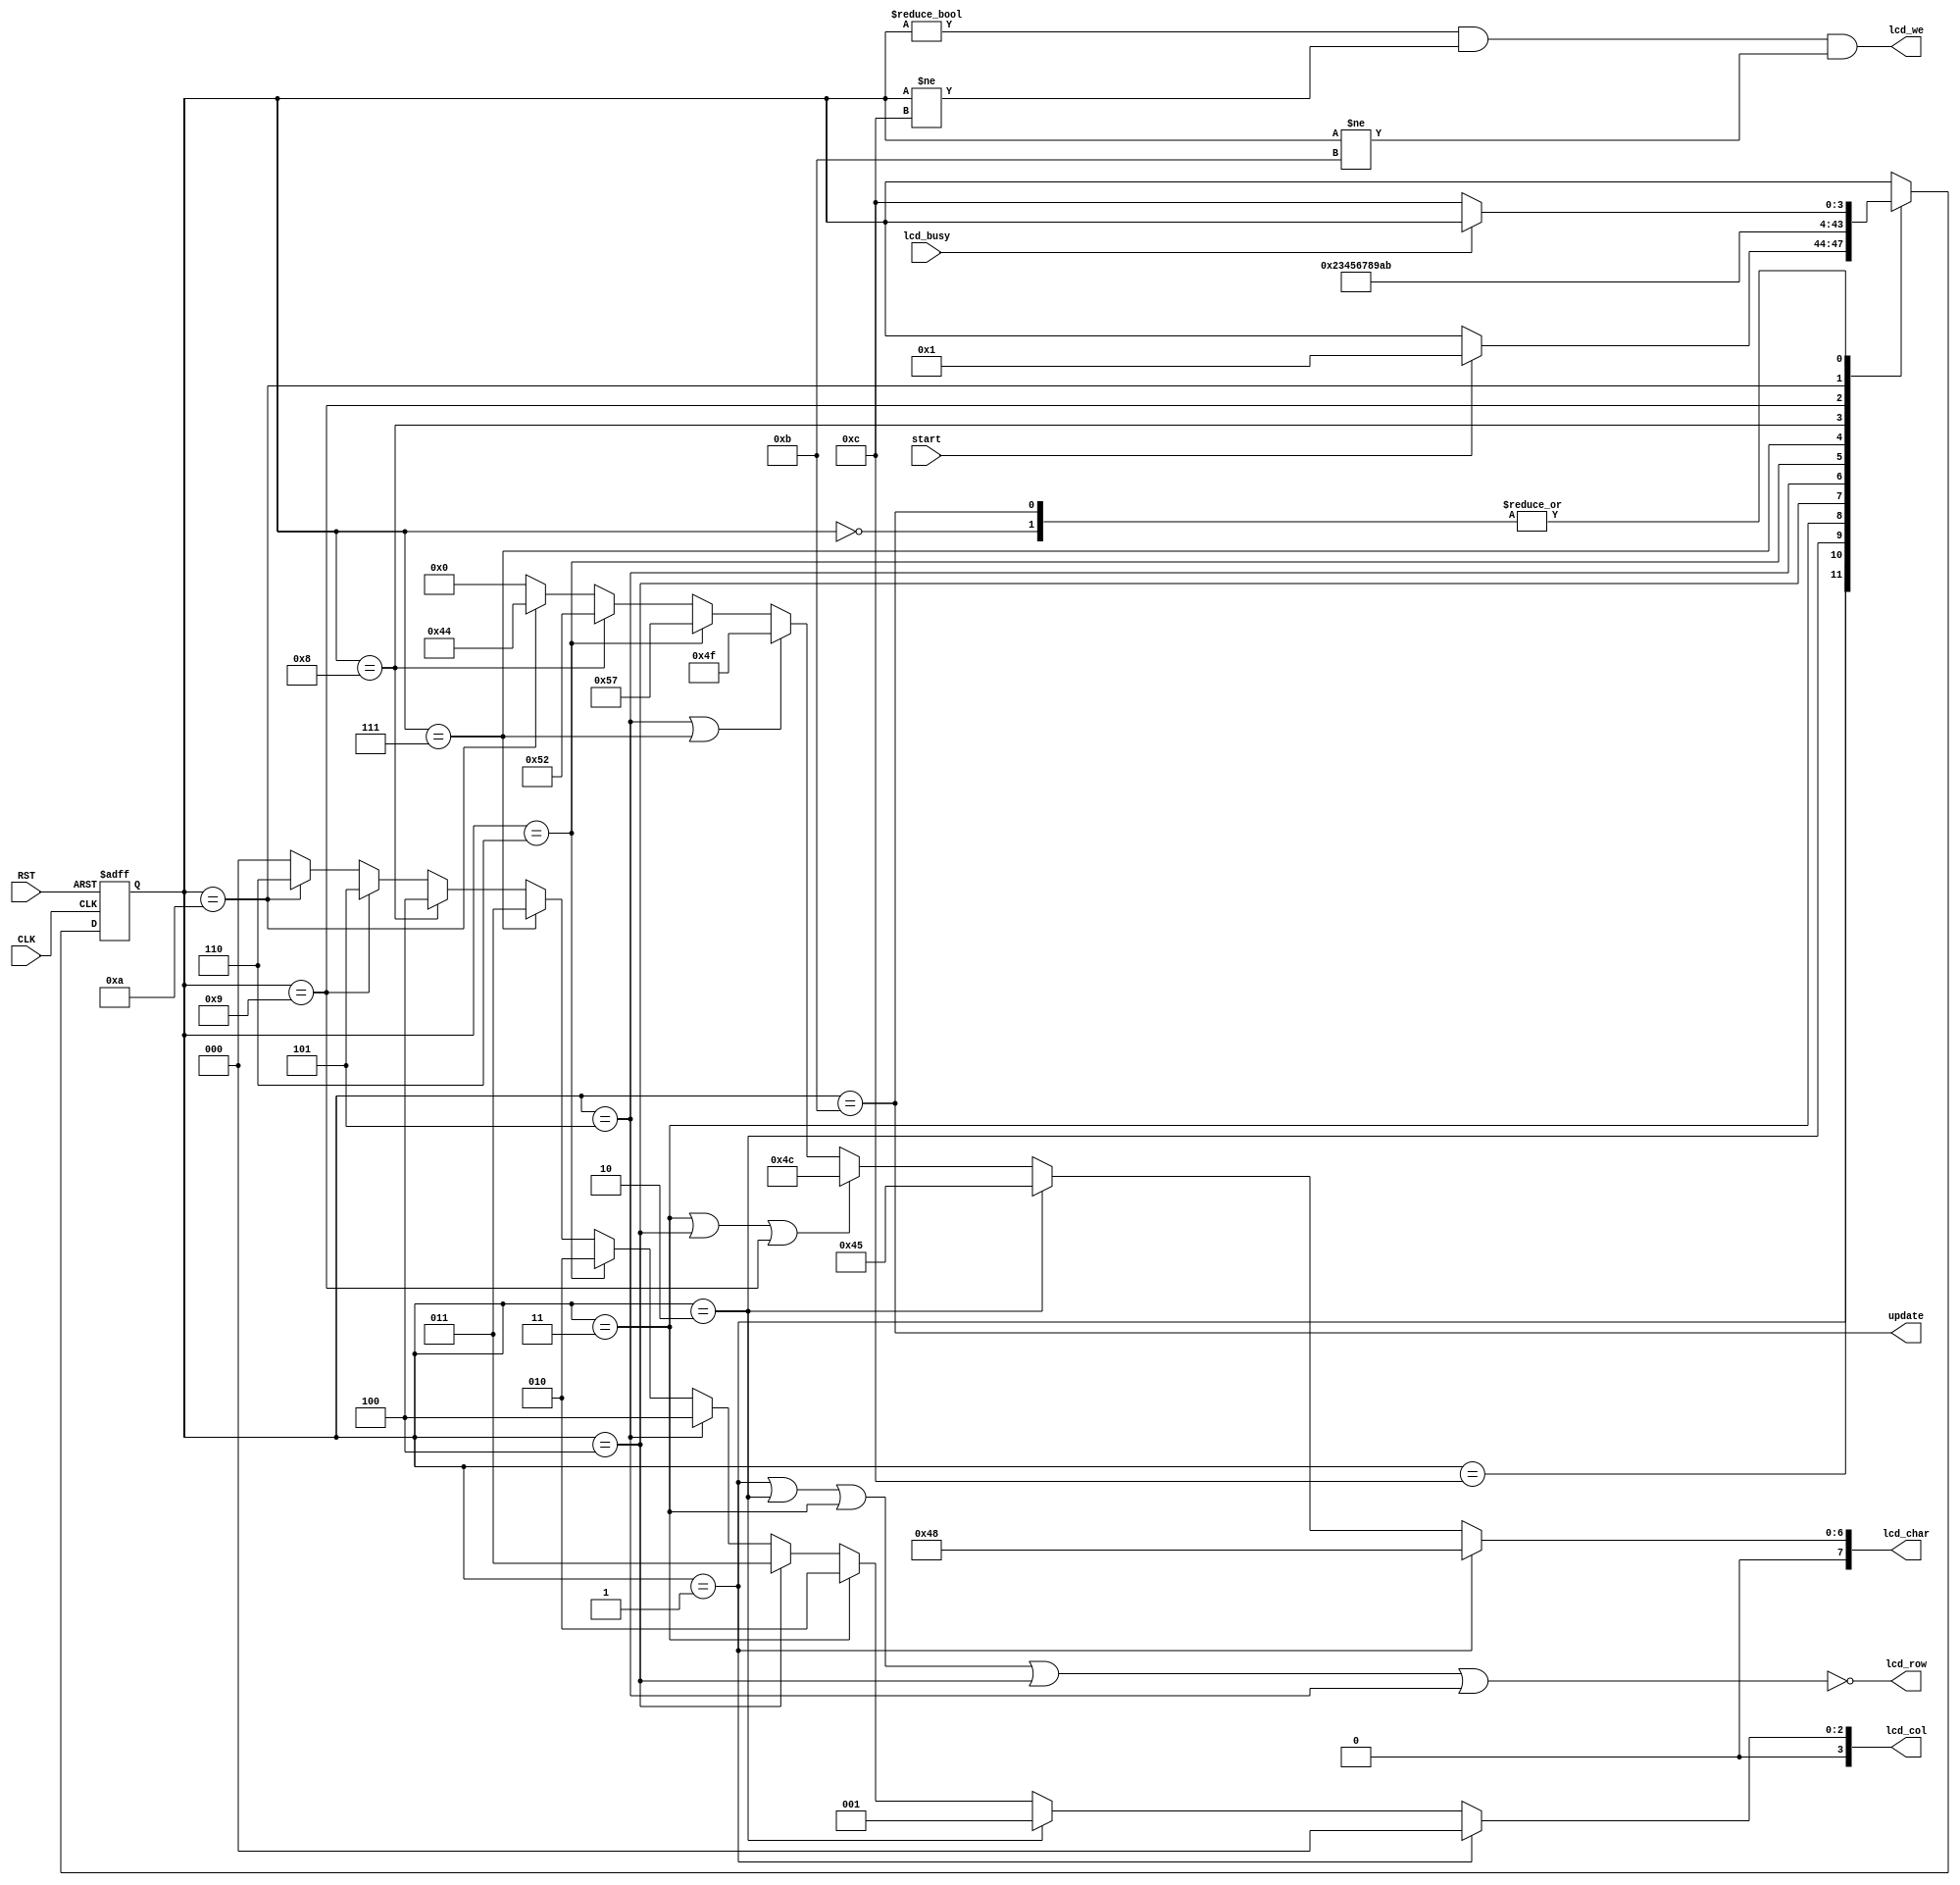

module lcd_test
  (
   input        CLK,
   input        RST,

   output       update,
   output       lcd_row, 
   output [3:0] lcd_col,
   output [7:0] lcd_char,
   output       lcd_we,

   input        lcd_busy,
   input        start
   );

`define SW 4
   parameter s_wait_init = `SW'd0;
   parameter s_h         = `SW'd1;
   parameter s_e         = `SW'd2;
   parameter s_l1        = `SW'd3;
   parameter s_l2        = `SW'd4;
   parameter s_o1        = `SW'd5;
   parameter s_w         = `SW'd6;
   parameter s_o2        = `SW'd7;
   parameter s_r         = `SW'd8;
   parameter s_l3        = `SW'd9;
   parameter s_d         = `SW'd10;
   parameter s_update    = `SW'd11;
   parameter s_idle      = `SW'd12;

   reg [`SW-1:0] state;
`undef SW

   assign lcd_char = state == s_h ? "H" :
                     state == s_e ? "E":
                     state == s_l1 || state == s_l2 || state == s_l3 ? "L" :
                     state == s_o1 || state == s_o2 ? "O" :
                     state == s_w ? "W" :
                     state == s_r ? "R" :
                     state == s_d ? "D" :
                     8'h0;
   assign lcd_we   = state != s_wait_init && state != s_idle && state != s_update;
   assign lcd_row  = !(state == s_h
                       || state == s_e
                       || state == s_l1
                       || state == s_l2
                       || state == s_o1);
   assign update = state == s_update;
   assign lcd_col = 
                    state == s_h?  3'd0 : 
                    state == s_e?  3'd1 : 
                    state == s_l1? 3'd2 : 
                    state == s_l2? 3'd3 : 
                    state == s_o1? 3'd4 : 
                    state == s_w?  3'd2 : 
                    state == s_o2? 3'd3 : 
                    state == s_r?  3'd4 : 
                    state == s_l3? 3'd5 : 
                    state == s_d?  3'd6 :
                    3'h0;
                       
   always @(posedge CLK or negedge RST)
     if (!RST) begin
        state <= s_wait_init;
     end else begin
        case (state)
          s_wait_init: 
            if (!lcd_busy)
              state <= s_idle;

          s_idle:
            if (start)
              state <= s_h;

          s_h:
            state <= s_e;

          s_e:
            state <= s_l1;
          
          s_l1:
            state <= s_l2;
          
          s_l2:
            state <= s_o1;
          
          s_o1:
            state <= s_w;
          
          s_w:
            state <= s_o2;
          
          s_o2:
            state <= s_r;
          
          s_r:
            state <= s_l3;

          s_l3:
            state <= s_d;
          
          s_d:
            state <= s_update;
          
          s_update:
            if (!lcd_busy)
              state <= s_idle;
          
          default: ;
        endcase
     end

endmodule // lcd_test